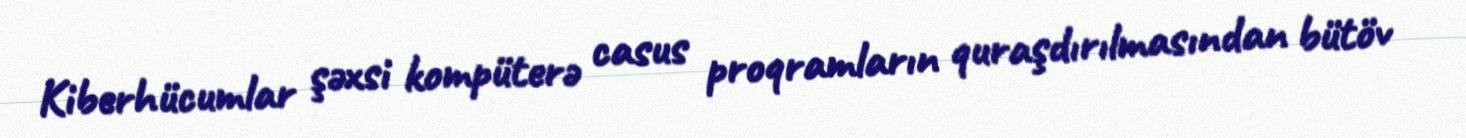
Kiberhücumlar şəxsi kompüterə casus proqramların quraşdırılmasından bütöv